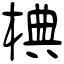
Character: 椣